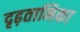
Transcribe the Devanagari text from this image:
दृढ़तानिका